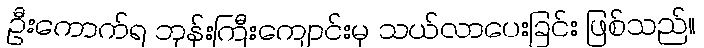
ဦးကောက်ရ ဘုန်းကြီးကျောင်းမှ သယ်လာပေးခြင်း ဖြစ်သည်။